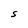
Character: S